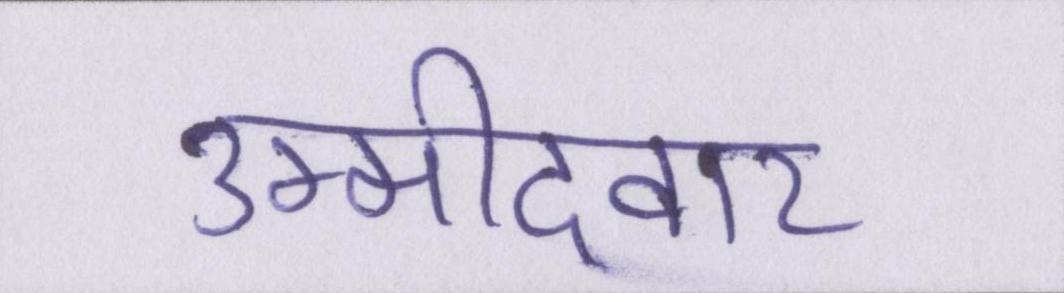
उम्मीदवार